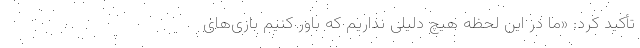
تأکید کرد: «ما در این لحظه هیچ دلیلی نداریم که باور کنیم بازی‌های